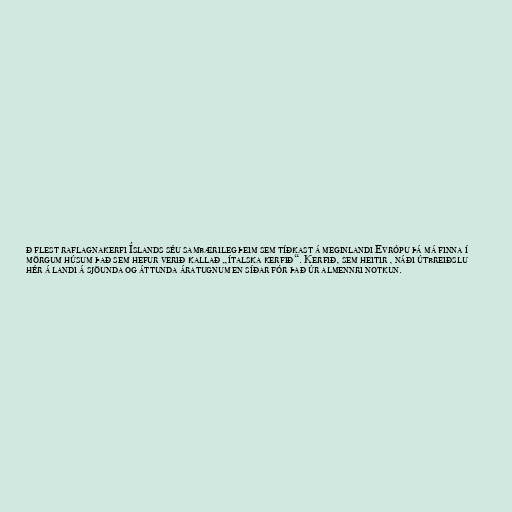
ð flest raflagnakerfi Íslands séu sambærileg þeim sem tíðkast á meginlandi Evrópu þá má finna í
mörgum húsum það sem hefur verið kallað „ítalska kerfið“. Kerfið, sem heitir , náði útbreiðslu
hér á landi á sjöunda og áttunda áratugnum en síðar fór það úr almennri notkun.